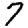
Digit: 7